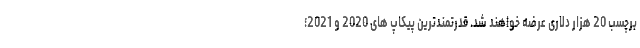
برچسب 20 هزار دلاری عرضه خواهند شد. قدرتمندترین پیکاپ های 2020 و 2021؛